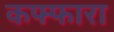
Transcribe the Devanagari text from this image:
कफ्फारा